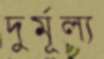
দুর্মূল্য